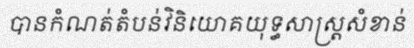
បានកំណត់តំបន់វិនិយោគយុទ្ធសាស្ត្រសំខាន់